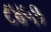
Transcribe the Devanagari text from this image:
८४५१